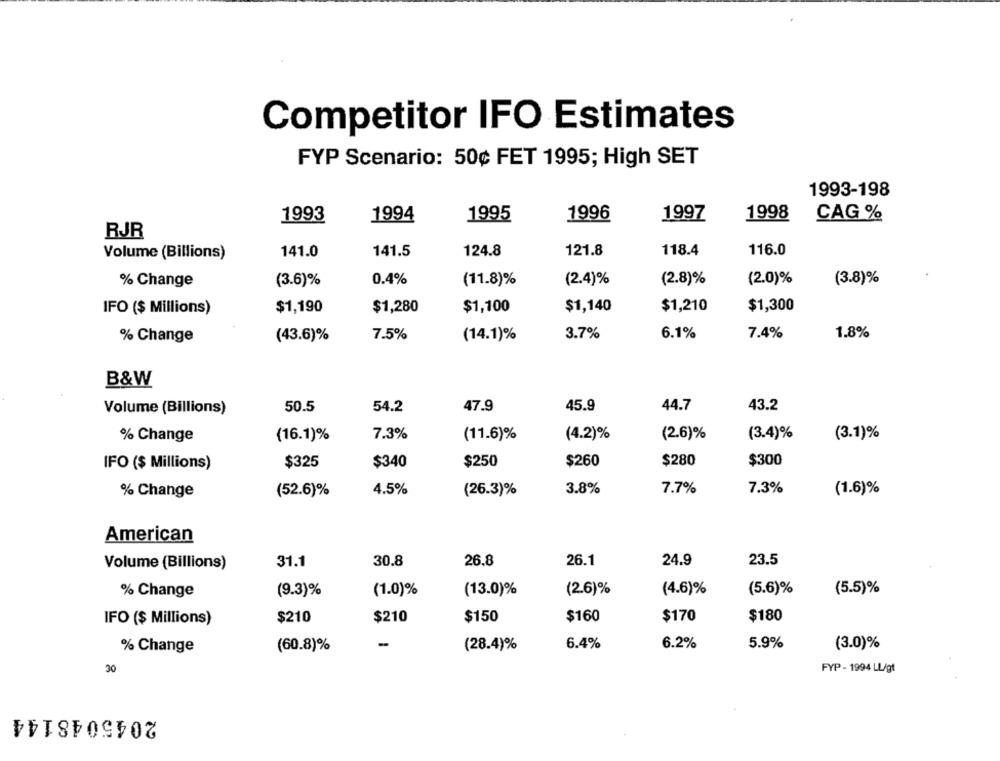
Competitor IFO Estimates
FYP Scenario: 50¢ FET 1995; High SET
1993-198
1993
1994
1995
1996
1997
1998
CAG %
RJR
141.5
124.8
121.8
118.4
116.0
Volume (Billions)
141.0
(3.6)%
0.4%
(11.8)%
(2.4)%
(2.8)%
(2.0)%
(3.8)%
% Change
IFO ($ Millions)
$1,190
$1,280
$1,100
$1,140
$1,210
$1,300
7.5%
(14.1)%
3.7%
6.1%
7.4%
1.8%
% Change
(43.6)%
B&W
Volume (Billions)
50.5
54.2
47.9
45.9
44.7
43.2
7.3%
(4.2)%
(2.6)%
(3.4)%
% Change
(16.1)%
(11.6)%
(3.1)%
IFO ($ Millions)
$325
$340
$250
$260
$280
$300
% Change
(52.6)%
4.5%
(26.3)%
3.8%
7.7%
7.3%
(1.6)%
American
31.1
30.8
26.8
26.1
24.9
23.5
Volume (Billions)
% Change
(9.3)%
(1.0)%
(13.0)%
(2.6)%
(4.6)%
(5.6)%
(5.5)%
$160
$170
IFO ($ Millions)
$210
$210
$150
$180
(60.8)%
-
(28.4)%
6.4%
6.2%
5.9%
(3.0)%
% Change
30
FYP - 1994 LL/gt
2045048144